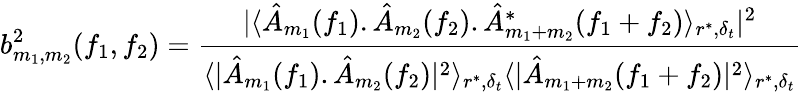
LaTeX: b_{m_{1},m_{2}}^{2}(f_{1},f_{2})=\frac{|\langle\hat{A}_{m_{1}}(f_{1}).\hat{A}_{m_{2}}(f_{2}).\hat{A}_{m_{1}+m_{2}}^{*}(f_{1}+f_{2})\rangle_{r^{*},\delta_{t}}|^{2}}{\langle|\hat{A}_{m_{1}}(f_{1}).\hat{A}_{m_{2}}(f_{2})|^{2}\rangle_{r^{*},\delta_{t}}\langle|\hat{A}_{m_{1}+m_{2}}(f_{1}+f_{2})|^{2}\rangle_{r^{*},\delta_{t}}}